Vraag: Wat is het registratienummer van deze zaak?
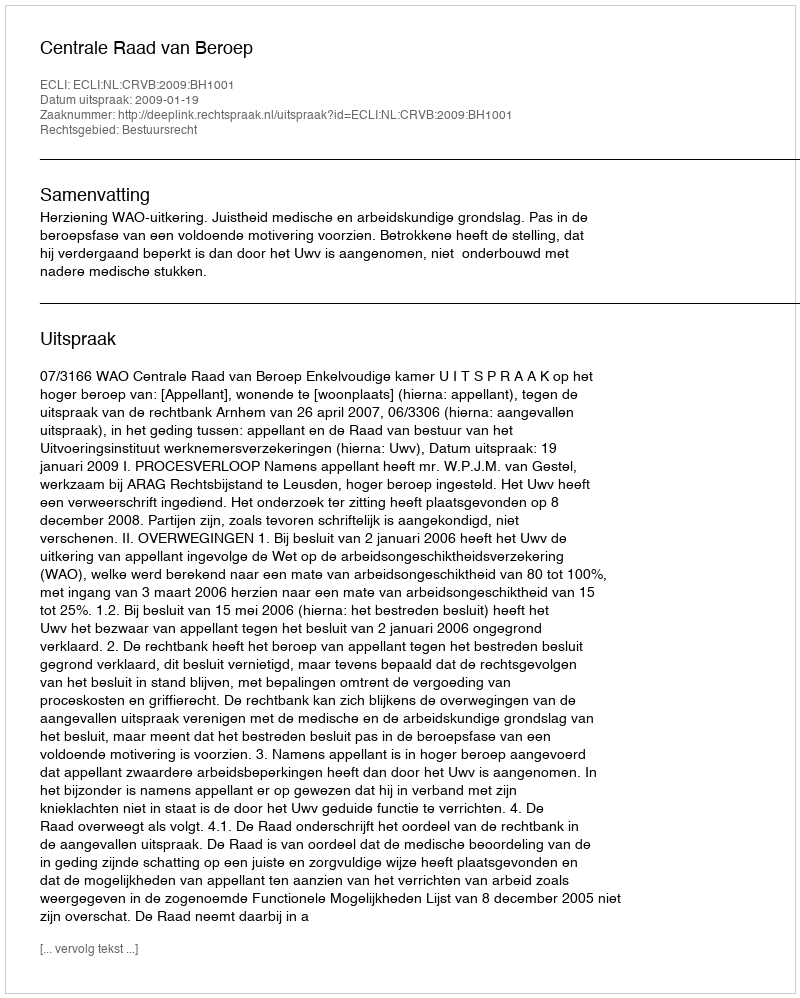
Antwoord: http://deeplink.rechtspraak.nl/uitspraak?id=ECLI:NL:CRVB:2009:BH1001